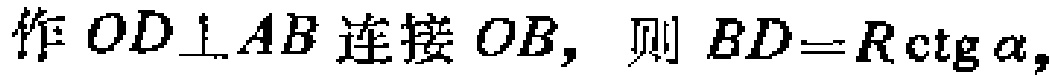
作 \(OD\perp AB\) 连接 \(OB\)，则 \(BD = R\mathrm{ctg}\alpha\)，